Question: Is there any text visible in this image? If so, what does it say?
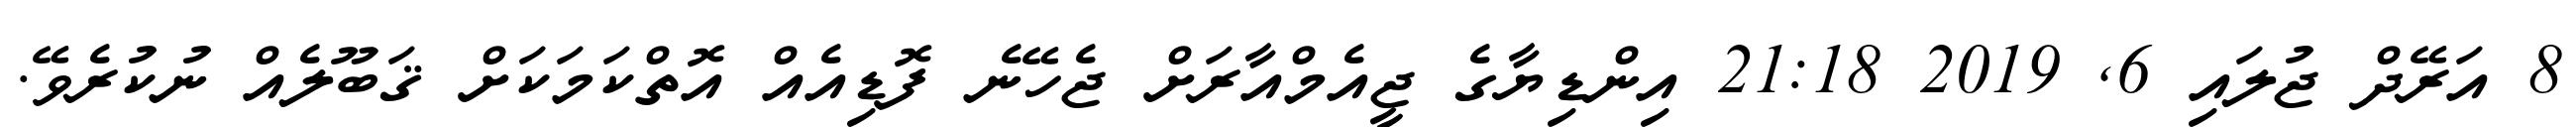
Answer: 8 އަރޭދް ޖުލައި 6, 2019 21:18 އިންޑިޔާގެ ޖީއެމްއާރަށް ޖެހޭނެ ފޮޑިއެއް އޮތްކަމަކަށް ޤަބޫލެއް ނުކުރެވޭ.